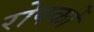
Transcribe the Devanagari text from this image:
रोपकों